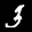
Label: 3